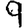
Digit: 9